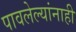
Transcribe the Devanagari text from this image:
पावलेल्यांनाही